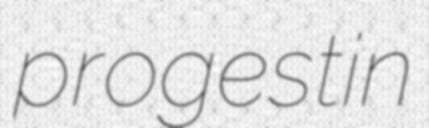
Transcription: progestin